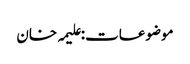
موضوعات:علیمہ خان